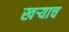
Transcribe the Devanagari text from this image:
खऱ्याच